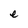
Character: e